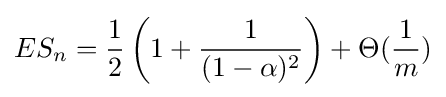
ES_{n}={\frac {1}{2}}\left(1+{\frac {1}{(1-\alpha )^{2}}}\right)+\Theta ({\frac {1}{m}})